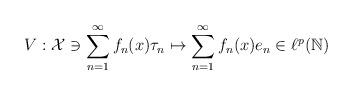
LaTeX: \begin{align*}V:\mathcal{X} \ni \sum_{n=1}^{\infty}f_n(x)\tau_n \mapsto \sum_{n=1}^{\infty}f_n(x)e_n \in \ell^p(\mathbb{N})\end{align*}